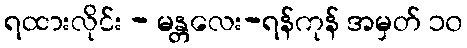
ရထားလိုင်း - မန္တလေး-ရန်ကုန် အမှတ် ၁၀